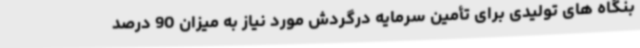
بنگاه های تولیدی برای تأمین سرمایه درگردش مورد نیاز به میزان 90 درصد